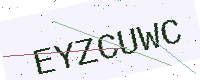
Text: EYZCUWC